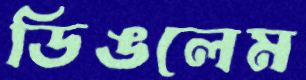
ডিঙলেম